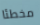
مخطئا